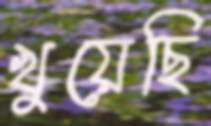
খুয়েছি